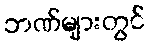
ဘဏ်များတွင်